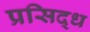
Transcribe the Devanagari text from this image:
प्रसिद्‍ध